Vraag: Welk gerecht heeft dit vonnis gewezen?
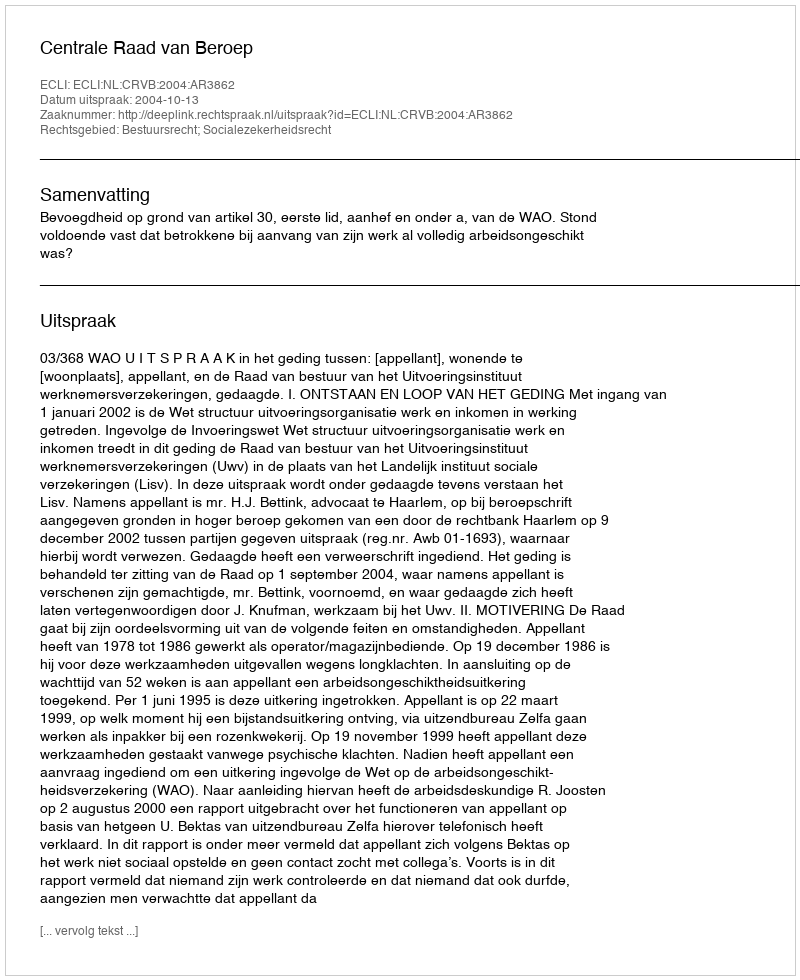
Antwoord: Centrale Raad van Beroep